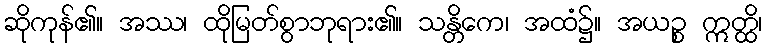
ဆိုကုန်၏။ အဿ၊ ထိုမြတ်စွာဘုရား၏။ သန္တိကေ၊ အထံ၌။ အယဉ္စ ဣတ္ထိ၊